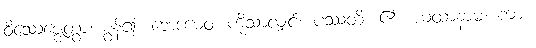
ဝိဿေဇ္ဇေတွာ၊ စွန့်၍။ ဘေဒမေဝ၊ ကိုသာလျှင်။ ပဿတိ၊ ၏။ ယထာနာမ၊ ကား။